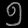
Digit: ၅